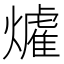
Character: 𱬟